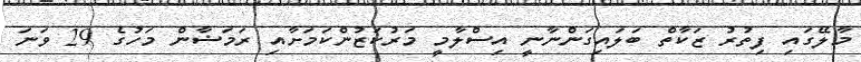
މާލޭގައި ފިތުރު ޒަކާތް ބަލައިގަންނާނީ އިސްލާމީ މަރުކަޒުންކަމަށާއި ރަމަޟާން މަހުގެ 29 ވަނަ